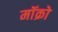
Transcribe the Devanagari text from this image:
मॉक्रो